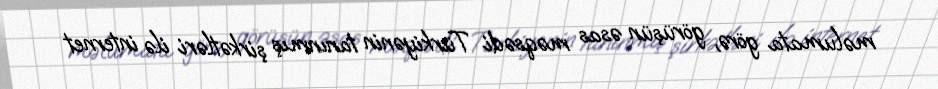
məlumata görə, görüşün əsas məqsədi Türkiyənin tanınmış şirkətləri ilə internet